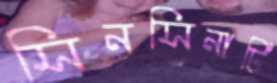
সিনসিনাটি